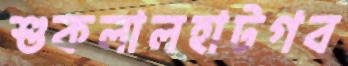
শুকলালহাটগব